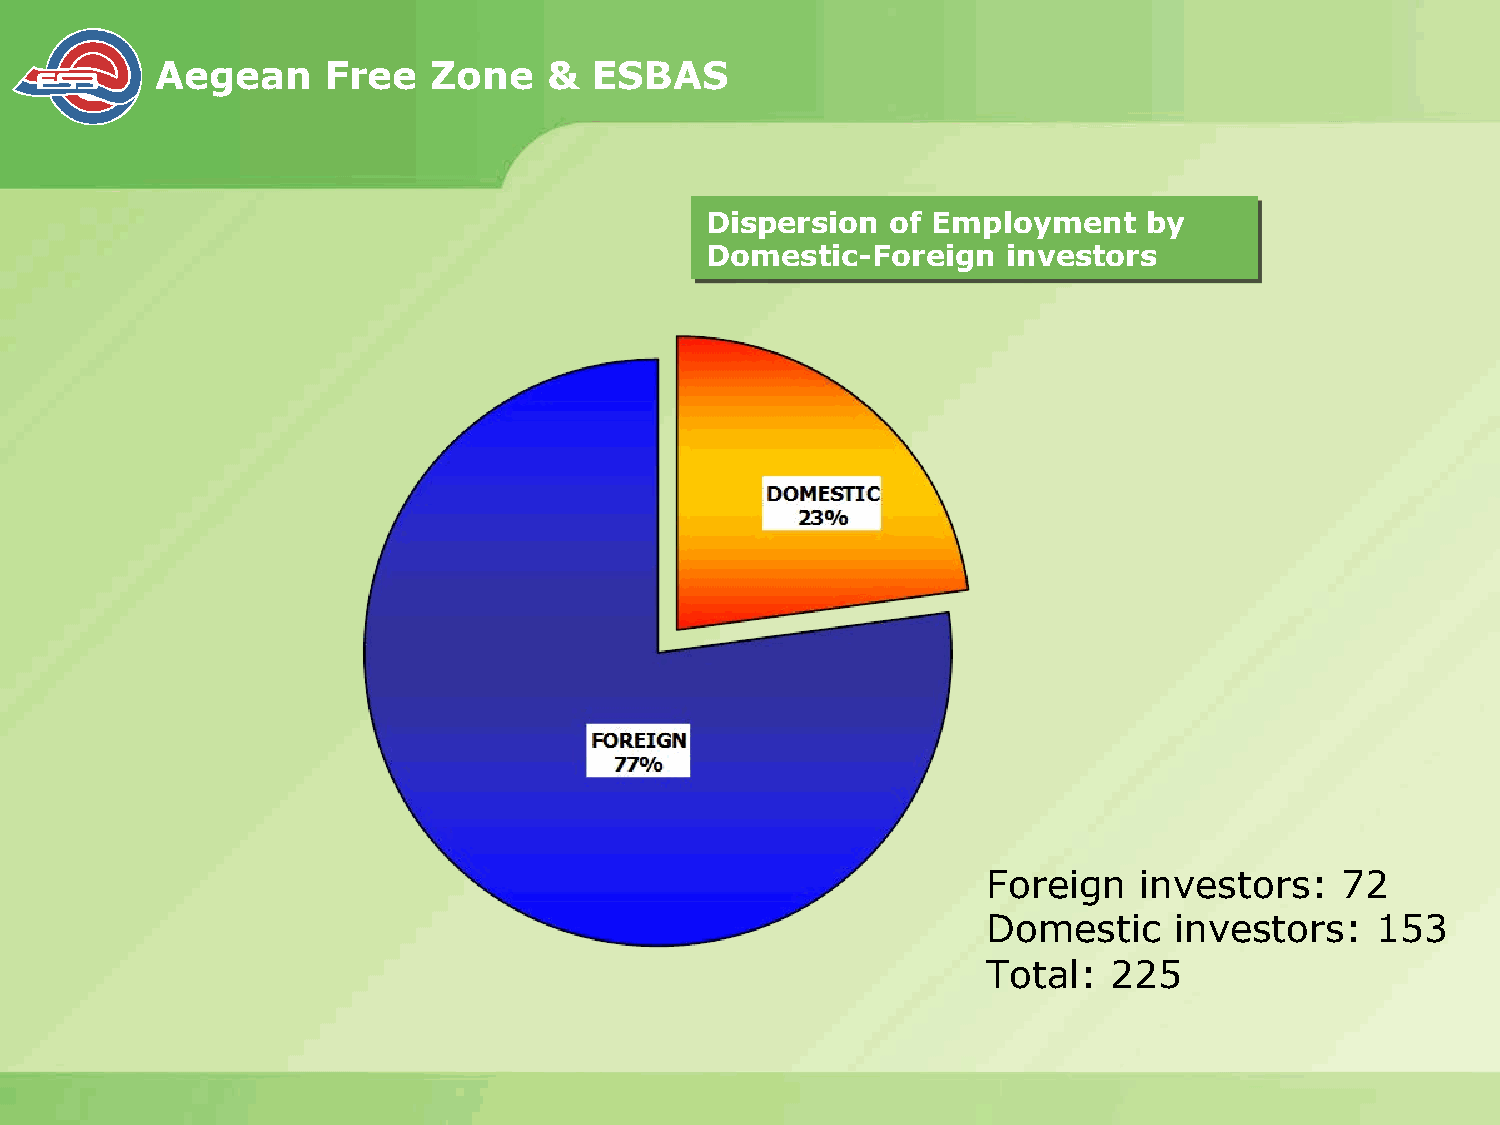
Aegean      Free   Zone   &  ESBAS
 Dispersion  of Employment    by
 Domestic-Foreign    investors
 Foreign   investors:    72
 Domestic     investors:   153
 Total:  225